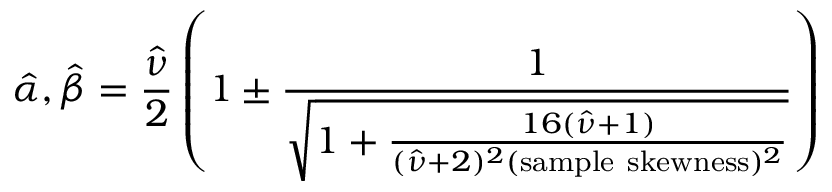
{ \hat { \alpha } } , { \hat { \beta } } = { \frac { \hat { \nu } } { 2 } } \left( 1 \pm { \frac { 1 } { \sqrt { 1 + { \frac { 1 6 ( { \hat { \nu } } + 1 ) } { ( { \hat { \nu } } + 2 ) ^ { 2 } ( { \mathrm { s a m p l e ~ s k e w n e s s } } ) ^ { 2 } } } } } } \right)